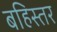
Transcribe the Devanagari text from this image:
बहिस्तर